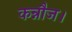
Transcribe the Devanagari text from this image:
कन्नौज।